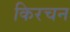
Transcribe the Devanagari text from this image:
किरचन